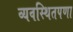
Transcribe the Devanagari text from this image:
व्यवस्थितपणा